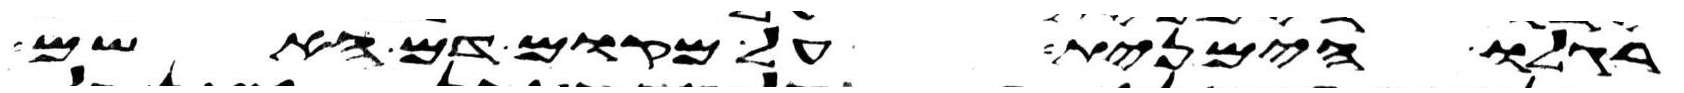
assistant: רגלו הימנית על מקום דם האשם